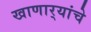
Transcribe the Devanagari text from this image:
खाणार्‍यांचे